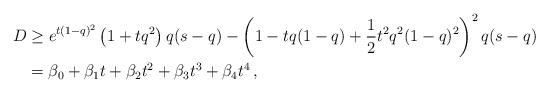
LaTeX: \begin{align*} D & \ge e^{t(1-q)^2}\left(1+ tq^2 \right) q(s-q) -\left(1- tq(1-q) + \frac{1}{2} t^2 q^2(1-q)^2 \right)^2 q(s-q)\\ & = \beta_0 + \beta_1 t + \beta_2 t^2+ \beta_3 t^3 + \beta_4 t^4 \, , \end{align*}